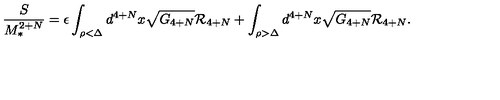
{ \frac { S } { M _ { * } ^ { 2 + N } } } = \epsilon \int _ { \rho < \Delta } d ^ { 4 + N } x \sqrt { G _ { 4 + N } } { \cal R } _ { 4 + N } + \int _ { \rho > \Delta } d ^ { 4 + N } x \sqrt { G _ { 4 + N } } { \cal R } _ { 4 + N } .